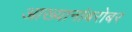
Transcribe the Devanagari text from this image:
आख्यानांबरोबर